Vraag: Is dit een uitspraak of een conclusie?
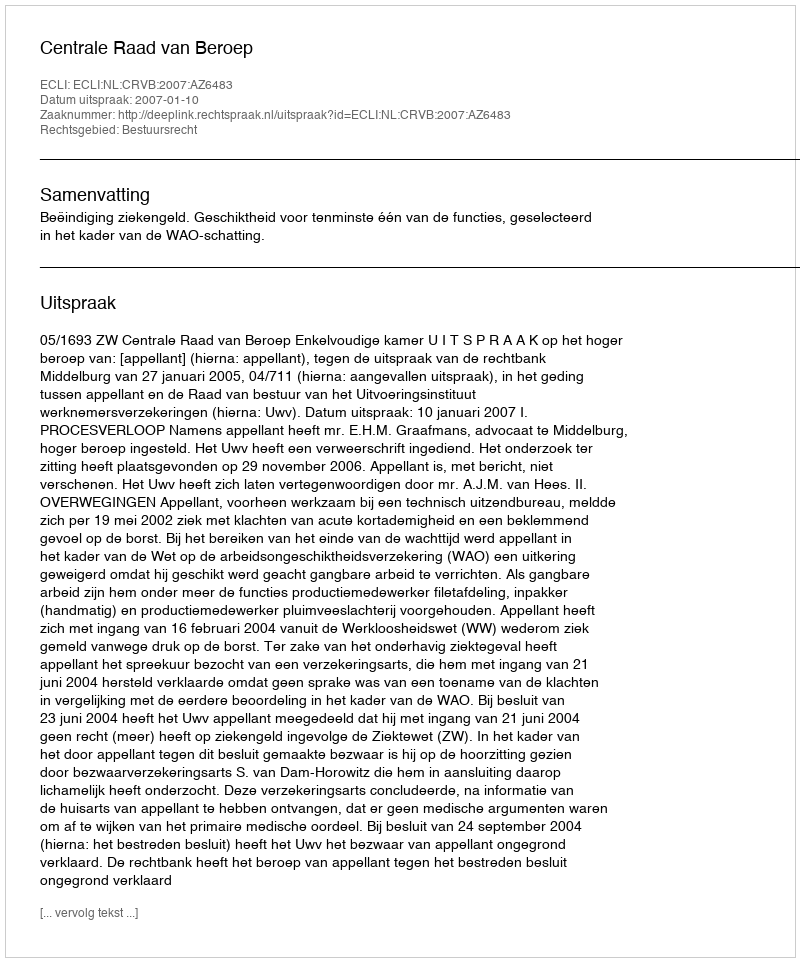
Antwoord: Uitspraak